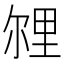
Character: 𲇁